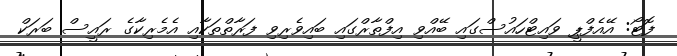
ފޮޓޯ: އޭއެފްޕީ ވައިޓްހައުސްގައި ބޭއްވި އިފްތާރްގައި ބައިވެރިވި ފަރާތްތަކާއި އެމެރިކާގެ ރައީސް ބަރަކް